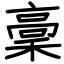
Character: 稾